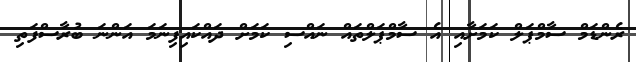
ރެންޑަމް ސާމްޕަލް ކަމަށާއި އެ ސާމްޕަލްތައް ނައްސި ކަމަށް ދައްކައިފިނަމަ އަންނަ ބުރާސްފަތި